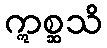
ဣစ္ဆသိ